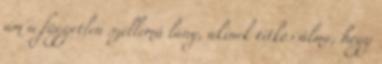
ám a független szellemű lány, akinek titkos álma, hogy